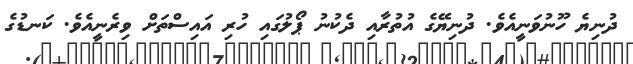
ދުނިޔެ ހޫނުވަނީއެވެ. ދުނިޔޭގެ އުތުރާއި ދެކުނު ޕޯލުގައި ހުރި އައިސްތަށް ވިރެނީއެވެ. ކަނޑުގެ